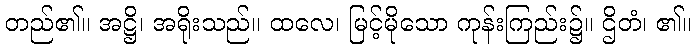
တည်၏။ အဋ္ဌိ၊ အရိုးသည်။ ထလေ၊ မြင့်မိုသော ကုန်းကြည်း၌။ ဌိတံ၊ ၏။